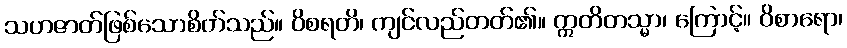
သဟဇာတ်ဖြစ်သောစိတ်သည်။ ဝိစရတိ၊ ကျင်လည်တတ်၏။ ဣတိတသ္မာ၊ ကြောင့်။ ဝိစာရော၊